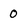
Character: 0